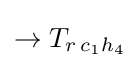
\rightarrow T_{r\,c_{1}h_{4}}